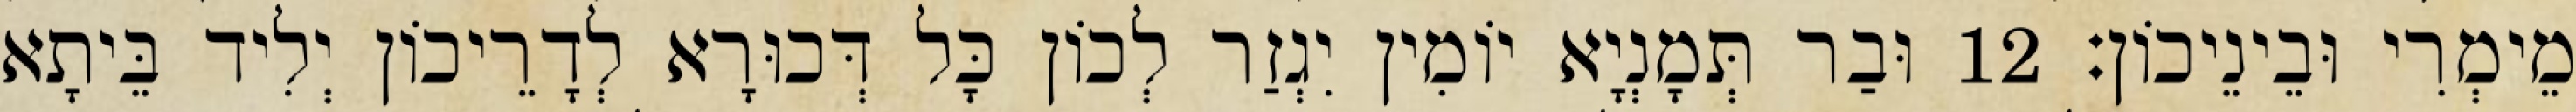
מֵימְרִי וּבֵינֵיכוֹן׃ 12 וּבַר תְּמָנְיָא יוֹמִין יִגְזַר לְכוֹן כָּל דְּכוּרָא לְדָרֵיכוֹן יְלִיד בֵּיתָא